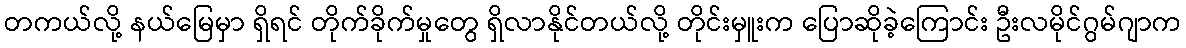
တကယ်လို့ နယ်မြေမှာ ရှိရင် တိုက်ခိုက်မှုတွေ ရှိလာနိုင်တယ်လို့ တိုင်းမှူးက ပြောဆိုခဲ့ကြောင်း ဦးလမိုင်ဂွမ်ဂျာက